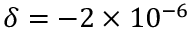
\delta = - 2 \times 1 0 ^ { - 6 }